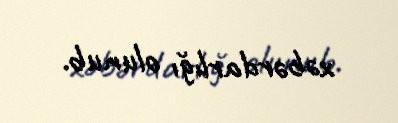
xəbərdarlığı olunub.